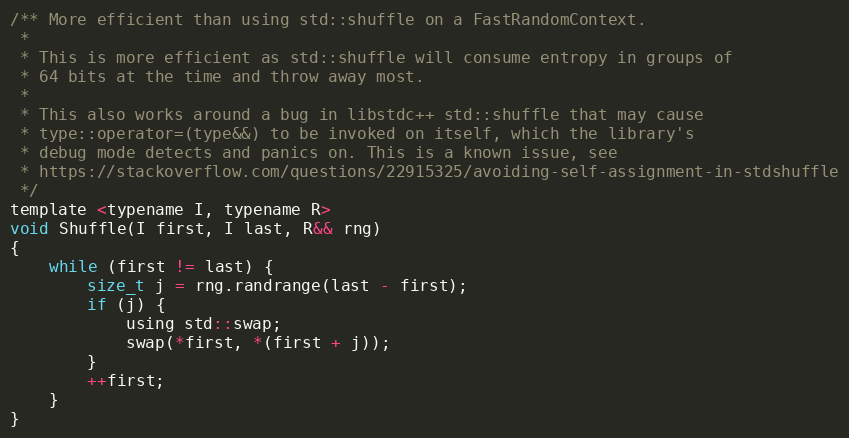
Language: C
/** More efficient than using std::shuffle on a FastRandomContext.
 *
 * This is more efficient as std::shuffle will consume entropy in groups of
 * 64 bits at the time and throw away most.
 *
 * This also works around a bug in libstdc++ std::shuffle that may cause
 * type::operator=(type&&) to be invoked on itself, which the library's
 * debug mode detects and panics on. This is a known issue, see
 * https://stackoverflow.com/questions/22915325/avoiding-self-assignment-in-stdshuffle
 */
template <typename I, typename R>
void Shuffle(I first, I last, R&& rng)
{
    while (first != last) {
        size_t j = rng.randrange(last - first);
        if (j) {
            using std::swap;
            swap(*first, *(first + j));
        }
        ++first;
    }
}